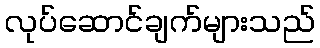
လုပ်ဆောင်ချက်များသည်